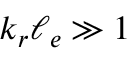
k _ { r } \ell _ { e } \gg 1